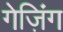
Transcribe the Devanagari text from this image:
गेज़िंग